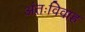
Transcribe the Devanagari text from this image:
अंतःविवाह